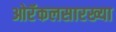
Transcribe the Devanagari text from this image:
ओरॅकलसारख्या